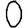
Digit: 0